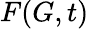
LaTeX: F(G,t)